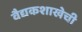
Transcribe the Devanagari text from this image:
वैद्यकशाखेची